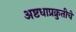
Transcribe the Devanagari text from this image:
अष्टधाप्रक्रुतीचे